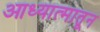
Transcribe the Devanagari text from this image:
आध्यात्मातून